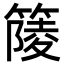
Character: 䉄